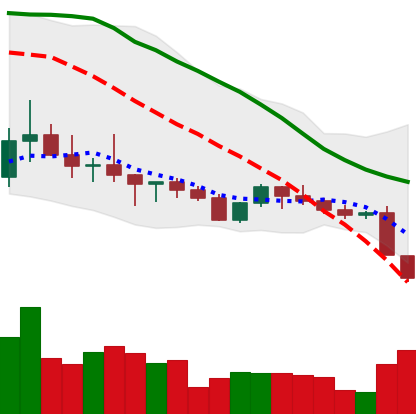
Ticker: ADA-USD
Chart end date: 2022-10-11
Forward return: -5.187%
Label: down_5_7